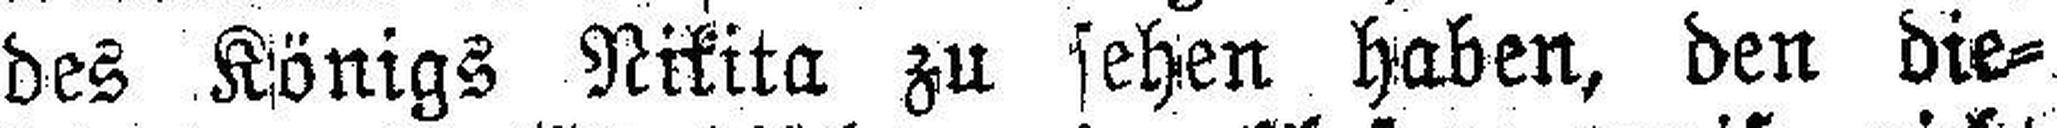
des Königs Nikita zu sehen haben, den die¬